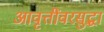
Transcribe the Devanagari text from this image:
आवृत्तींवरसुद्धा